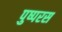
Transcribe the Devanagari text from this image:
पुष्परस